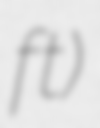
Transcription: ft)